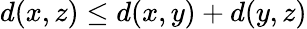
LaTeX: d(x,z)\leq d(x,y)+d(y,z)